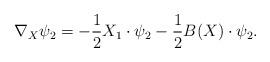
LaTeX: \begin{align*}\nabla_X\psi_2=-\frac{1}{2}X_1\cdot\psi_2-\frac{1}{2}B(X)\cdot\psi_2.\end{align*}